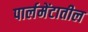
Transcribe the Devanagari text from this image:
पार्लमेंटातील